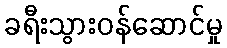
ခရီးသွားဝန်ဆောင်မှု